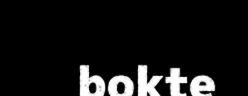
bokte